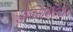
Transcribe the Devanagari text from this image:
फ्लेक्सिबिलिटी